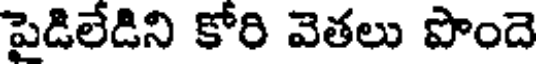
పైడిలేడిని కోరి వెతలు పొందె